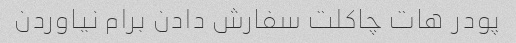
پودر هات چاکلت سفارش دادن برام نیاوردن